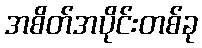
အစိတ်အပိုင်းတစ်ခု